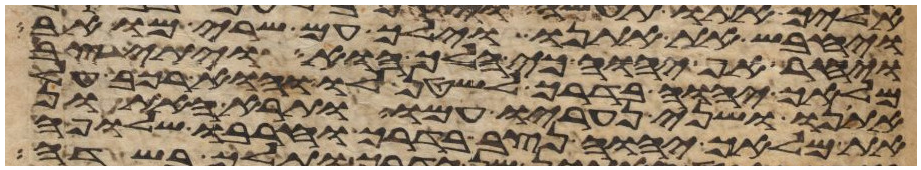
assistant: ויחבש את אתנו וילך עם שרי מואב
ויחר אף יהוה כי הלך הוא ויתיצב
מלאך יהוה בדרך לשטן לו והוא רכב על
אתנו ושני נעריו עמו ותרא האתון
את מלאך יהוה נצב בדרך וחרבו שלופה